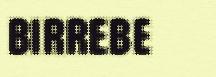
birrebe